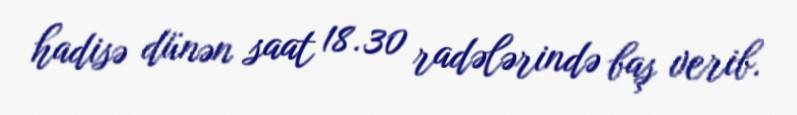
hadisə dünən saat 18.30 radələrində baş verib.